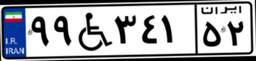
۱۵W۹۳۲۹۲